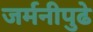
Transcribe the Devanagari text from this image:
जर्मनीपुढे